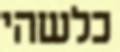
כלשהי